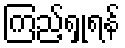
ကြည့်ရှုရန်